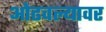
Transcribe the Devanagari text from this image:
ओढवल्यावर